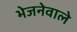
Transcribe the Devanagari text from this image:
भेजनेवाले